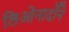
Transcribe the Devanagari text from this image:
लिओनार्दोने